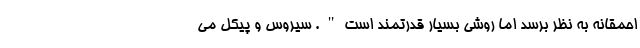
احمقانه به نظر برسد اما روشی بسیار قدرتمند است". سیروس و پیکل می‌